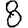
Digit: 8